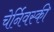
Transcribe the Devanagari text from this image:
चेर्निवस्की